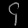
Digit: ၄